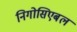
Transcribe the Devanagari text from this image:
निगोसिएबल